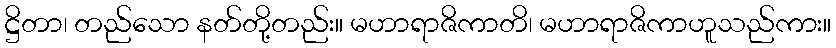
ဋ္ဌိတာ၊ တည်သော နတ်တို့တည်း။ မဟာရာဇိကာတိ၊ မဟာရာဇိကာဟူသည်ကား။